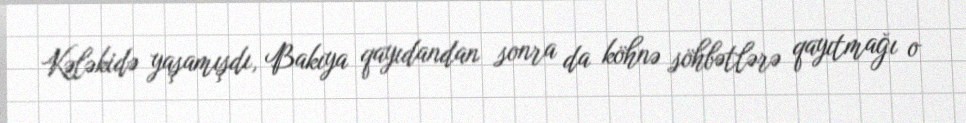
Kələkidə yaşamışdı, Bakıya qayıdandan sonra da köhnə söhbətlərə qayıtmağı o